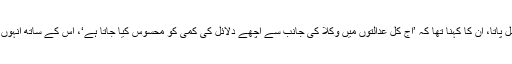
انہوں نے اس بات پر افسوس کا اظہار کیا کہ لوگوں کو وقت پر عدالتوں سے انصاف نہیں مل پاتا، ان کا کہنا تھا کہ ’آج کل عدالتوں میں وکلا کی جانب سے اچھے دلائل کی کمی کو محسوس کیا جاتا ہے‘، اس کے ساتھ انہوں نے ضلعی عدالتوں کے ججز کو اپنا کام نہایت دلجمعی کے ساتھ کرنے کی بھی ہدایت کی۔